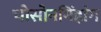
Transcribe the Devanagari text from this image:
चोसोनमिंहांग